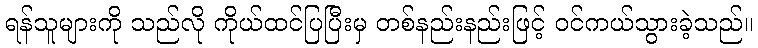
ရန်သူများကို သည်လို ကိုယ်ထင်ပြပြီးမှ တစ်နည်းနည်းဖြင့် ဝင်ကယ်သွားခဲ့သည်။